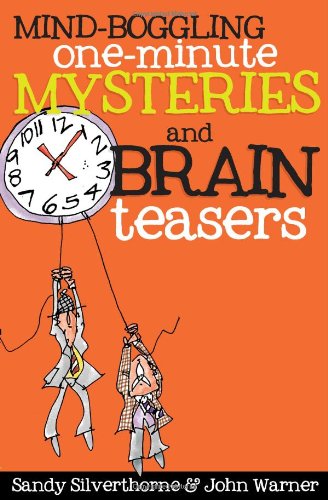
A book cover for Mind-Boggling One-Minute Mysteries and Brain Teasers; Sandy Silverthorne; Humor & Entertainment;